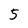
Character: 5